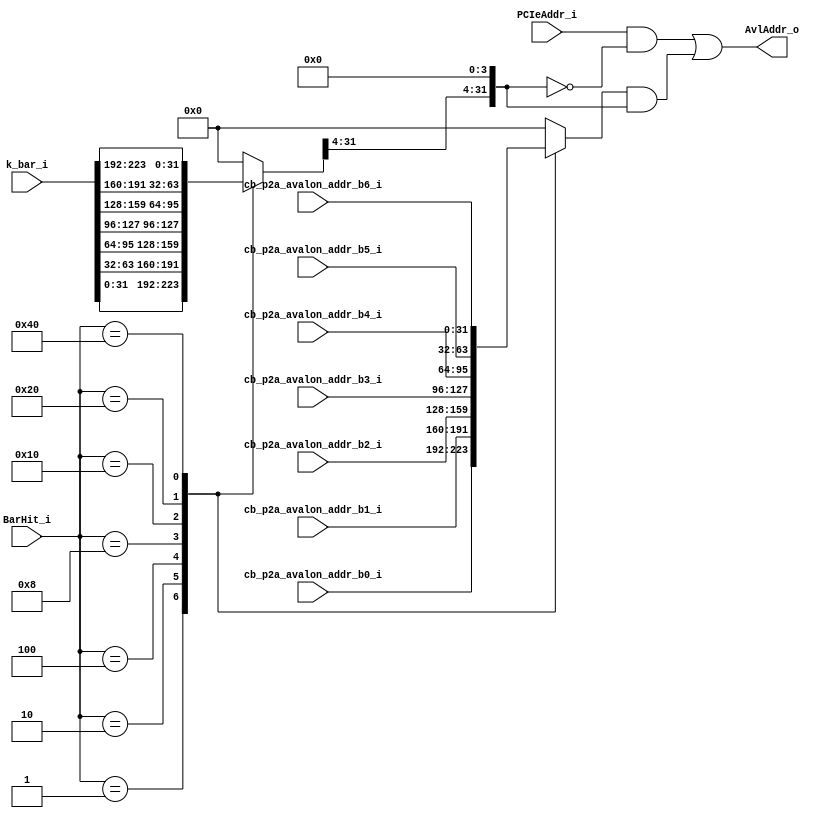
module altpciexpav_stif_p2a_addrtrans (  
                        k_bar_i,
                        cb_p2a_avalon_addr_b0_i,
                        cb_p2a_avalon_addr_b1_i,
                        cb_p2a_avalon_addr_b2_i,
                        cb_p2a_avalon_addr_b3_i,
                        cb_p2a_avalon_addr_b4_i,
                        cb_p2a_avalon_addr_b5_i,
                        cb_p2a_avalon_addr_b6_i,
                        PCIeAddr_i,
                        BarHit_i,
                        AvlAddr_o
                       );
                       
input [227:0] k_bar_i;
input [31:0] cb_p2a_avalon_addr_b0_i;
input [31:0] cb_p2a_avalon_addr_b1_i;
input [31:0] cb_p2a_avalon_addr_b2_i;
input [31:0] cb_p2a_avalon_addr_b3_i;
input [31:0] cb_p2a_avalon_addr_b4_i;
input [31:0] cb_p2a_avalon_addr_b5_i;
input [31:0] cb_p2a_avalon_addr_b6_i;
input [31:0] PCIeAddr_i;
input [6:0] BarHit_i;
output [31:0] AvlAddr_o;


reg [31:0] bar_parameter;
reg [31:0] avl_addr;

wire [31:0] bar0;   
wire [31:0] bar1; 
wire [31:0] bar2; 
wire [31:0] bar3; 
wire [31:0] bar4; 
wire [31:0] bar5; 
wire [31:0] exp_rom_bar; 



assign bar0 = k_bar_i[31:0];       
assign bar1 = k_bar_i[63:32]; 
assign bar2 = k_bar_i[95:64]; 
assign bar3 = k_bar_i[127:96]; 
assign bar4 = k_bar_i[159:128]; 
assign bar5 = k_bar_i[191:160]; 
assign exp_rom_bar = k_bar_i[223:192]; 

// mux to select the right BAR parameter to use.
// based on the BAR hit information, determined BAR paremeter
// is used for the address translation

always  @(BarHit_i or bar0 or bar1 or bar2 or bar3 or bar4 or bar5 or exp_rom_bar)
begin
  case (BarHit_i)
    7'b0000001 : bar_parameter = bar0;
    7'b0000010 : bar_parameter = bar1;
    7'b0000100 : bar_parameter = bar2;
    7'b0001000 : bar_parameter = bar3;
    7'b0010000 : bar_parameter = bar4;
    7'b0100000 : bar_parameter = bar5;
    7'b1000000 : bar_parameter = exp_rom_bar;
    default    : bar_parameter = 32'h00000000;
  endcase
end


// mux to select the right avalon address entry to use
// Based on the BAR hit information, select which entry in the table to
// be used for the address translation

always  @(BarHit_i or cb_p2a_avalon_addr_b0_i or cb_p2a_avalon_addr_b1_i or
        cb_p2a_avalon_addr_b2_i or cb_p2a_avalon_addr_b3_i or
        cb_p2a_avalon_addr_b4_i or cb_p2a_avalon_addr_b5_i or
        cb_p2a_avalon_addr_b6_i)
begin
  case (BarHit_i )
    7'b0000001 : avl_addr = cb_p2a_avalon_addr_b0_i;
    7'b0000010 : avl_addr = cb_p2a_avalon_addr_b1_i;
    7'b0000100 : avl_addr = cb_p2a_avalon_addr_b2_i;
    7'b0001000 : avl_addr = cb_p2a_avalon_addr_b3_i;
    7'b0010000 : avl_addr = cb_p2a_avalon_addr_b4_i;
    7'b0100000 : avl_addr = cb_p2a_avalon_addr_b5_i;
    7'b1000000 : avl_addr = cb_p2a_avalon_addr_b6_i;
    default    : avl_addr = 32'h00000000;
  endcase
end

// address translation. The high order bits is from the corresponding
// entry of the table and low order is passed through unchanged.
assign AvlAddr_o = (PCIeAddr_i & ~({bar_parameter[31:4], 4'b0000})) |
                   (avl_addr & ({bar_parameter[31:4], 4'b0000})) ;

endmodule